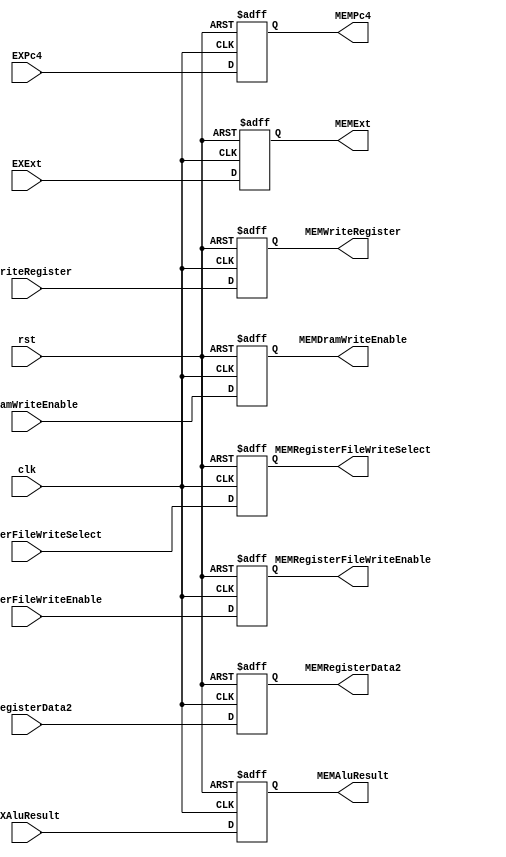
module EX_MEM(
    input wire [0:0] clk,
    input wire [0:0] rst,
    input wire [0:0] EXDramWriteEnable,
    input wire [0:0] EXRegisterFileWriteEnable,
    input wire [1:0] EXRegisterFileWriteSelect,
    input wire [4:0] EXWriteRegister,
    input wire [31:0] EXPc4,
    input wire [31:0] EXAluResult,
    input wire [31:0] EXRegisterData2,
    input wire [31:0] EXExt,

    output reg MEMDramWriteEnable,
    output reg MEMRegisterFileWriteEnable,
    output reg[1:0] MEMRegisterFileWriteSelect,
    output reg[4:0] MEMWriteRegister,
    output reg[31:0] MEMPc4,
    output reg[31:0] MEMAluResult,
    output reg[31:0] MEMRegisterData2,
    output reg[31:0] MEMExt
);

always @(posedge clk or posedge rst) begin
    if(rst) MEMDramWriteEnable <= 0;
    else MEMDramWriteEnable <= EXDramWriteEnable;
end

always @(posedge clk or posedge rst) begin
    if(rst) MEMRegisterFileWriteEnable <= 0;
    else MEMRegisterFileWriteEnable <= EXRegisterFileWriteEnable;
end

always @(posedge clk or posedge rst) begin
    if(rst) MEMRegisterFileWriteSelect <= 0;
    else MEMRegisterFileWriteSelect <= EXRegisterFileWriteSelect;
end

always @(posedge clk or posedge rst) begin
    if(rst) MEMWriteRegister <= 0;
    else MEMWriteRegister <= EXWriteRegister;
end

always @(posedge clk or posedge rst) begin
    if(rst) MEMPc4 <= 0;
    else MEMPc4 <= EXPc4;
end

always @(posedge clk or posedge rst) begin
    if(rst) MEMAluResult <= 0;
    else MEMAluResult <= EXAluResult;
end

always @(posedge clk or posedge rst) begin
    if(rst) MEMRegisterData2 <= 0;
    else MEMRegisterData2 <= EXRegisterData2;
end

always @(posedge clk or posedge rst) begin
    if(rst) MEMExt <= 0;
    else MEMExt <= EXExt;
end

endmodule